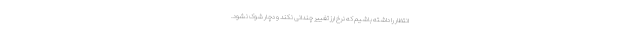
انتظار را داشته باشیم که نرخ ارز تغییر چندانی نکند و دچار شوک نشود.